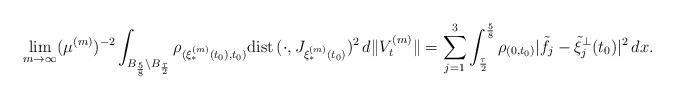
LaTeX: \begin{align*}\lim_{m\rightarrow\infty}(\mu^{(m)})^{-2} \int_{B_{\frac58}\setminus B_{\frac{\tau}{2}}}\rho_{(\xi_*^{(m)}(t_0),t_0)}{\rm dist}\,(\cdot,J_{\xi_*^{(m)}(t_0)})^2\, d\|V_t^{(m)}\|= \sum_{j=1}^3 \int_{\frac{\tau}{2}}^{\frac58} \rho_{(0,t_0)}|\tilde f_j -\tilde\xi_j^{\perp}(t_0)|^2\, dx.\end{align*}